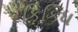
કિકિધ